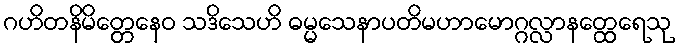
ဂဟိတနိမိတ္တေနေဝ သဒိသေဟိ ဓမ္မသေနာပတိမဟာမောဂ္ဂလ္လာနတ္ထေရေသု